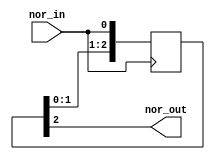
module nor_delay_sync (
    input wire   nor_in,
    output wire  nor_out
);

reg [2:0] delay_reg = 0;

always @(posedge nor_in) begin
    delay_reg <= {delay_reg[1:0], nor_in};
end

assign nor_out = delay_reg[2];

endmodule